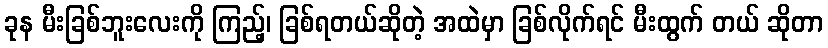
ခုန မီးခြစ်ဘူးလေးကို ကြည့်၊ ခြစ်ရတယ်ဆိုတဲ့ အထဲမှာ ခြစ်လိုက်ရင် မီးထွက် တယ် ဆိုတာ